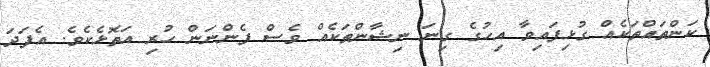
ކަންތައްތަކެއް ގުޅިފައިވާ އިހުގެ ގިނަ ނިޝާންތަކެއް ވެސް ފެންނަން ހުރި އަތޮޅެކެވެ. އެފަދަ